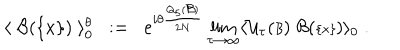
LaTeX: \langle \; { \cal B } ( { \{ x \} } ) \; \rangle _ { 0 } ^ { \theta } \; \; : = \; \; e ^ { i \theta \frac { Q _ { 5 } ( { \scriptstyle { \cal B } } ) } { 2 N } } \lim _ { \tau \rightarrow \infty } \langle { \cal U } _ { \tau } ( { \scriptstyle { \cal B } } ) \; { \cal B } ( { \scriptstyle \{ x \} } ) \rangle _ { 0 } \; .